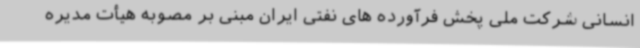
انسانی شرکت ملی پخش فرآورده های نفتی ایران مبنی بر مصوبه هیأت مدیره